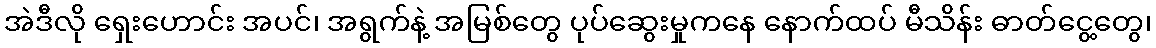
အဲဒီလို ရှေးဟောင်း အပင်၊ အရွက်နဲ့ အမြစ်တွေ ပုပ်ဆွေးမှုကနေ နောက်ထပ် မီသိန်း ဓာတ်ငွေ့တွေ၊